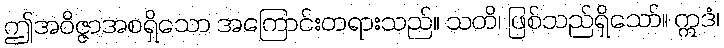
ဤအဝိဇ္ဇာအစရှိသော အကြောင်းတရားသည်။ သတိ၊ ဖြစ်သည်ရှိသော်။ ဣဒံ၊